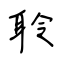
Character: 聆